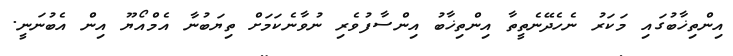
އިންތިޚާބުގައި މަކަރު ނެހެދޭނެތީތާ އިންތިޚާބު އިންސާފުވެރި ނުވާނެކަމަށް ތިޔަބުނާ އެމްއޯޔޫ އިން އެބުނަނީ.